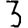
Digit: 3